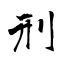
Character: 刑